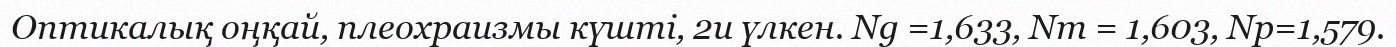
Оптикалық оңқай, плеохраизмы күшті, 2u үлкен. Ng =1,633, Nm = 1,603, Np=1,579.